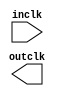

module mypll (
	inclk,
	outclk);	

	input		inclk;
	output		outclk;
endmodule